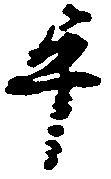
畢